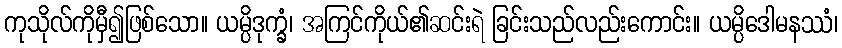
ကုသိုလ်ကိုမှီ၍ဖြစ်သော။ ယမ္ပိဒုက္ခံ၊ အကြင်ကိုယ်၏ဆင်းရဲ ခြင်းသည်လည်းကောင်း။ ယမ္ပိဒေါမနဿံ၊